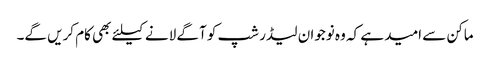
ماکن سے امید ہے کہ وہ نوجوان لیڈر شپ کو آگے لانے کیلئے بھی کام کریں گے۔